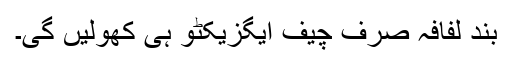
بند لفافہ صرف چیف ایگزیکٹو ہی کھولیں گی۔